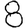
Digit: 8